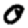
Digit: 0